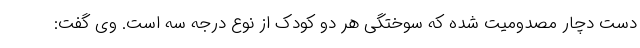
دست دچار مصدومیت شده که سوختگی هر دو کودک از نوع درجه سه است. وی گفت: